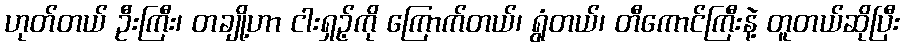
ဟုတ်တယ် ဦးကြီး၊ တချို့ဟာ ငါးရှဉ့်ကို ကြောက်တယ်၊ ရွံတယ်၊ တီကောင်ကြီးနဲ့ တူတယ်ဆိုပြီး